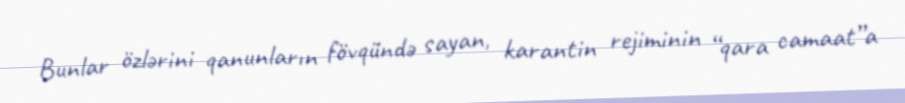
Bunlar özlərini qanunların fövqündə sayan, karantin rejiminin “qara camaat”a